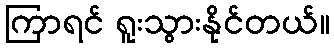
ကြာရင် ရူးသွားနိုင်တယ်။